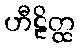
ဟီဠိတ္ထ